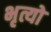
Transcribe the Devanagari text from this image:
भृत्यो